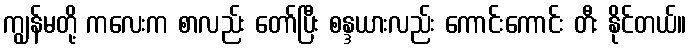
ကျွန်မတို့ ကလေးက စာလည်း တော်ပြီး စန္ဒယားလည်း ကောင်းကောင်း တီး နိုင်တယ်။